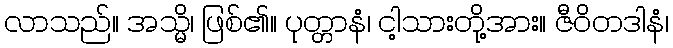
လာသည်။ အသ္မိ၊ ဖြစ်၏။ ပုတ္တာနံ၊ ငါ့သားတို့အား။ ဇီဝိတဒါနံ၊